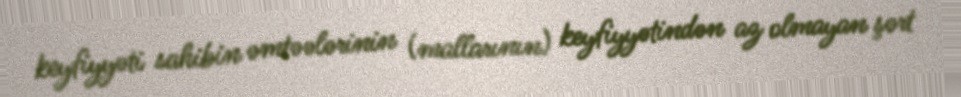
keyfiyyəti sahibin əmtəələrinin (mallarının) keyfiyyətindən az olmayan şərt